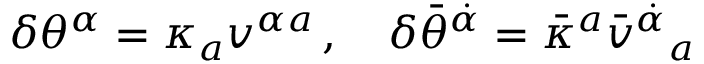
\delta \theta ^ { \alpha } = \kappa _ { a } v ^ { \alpha { } a } \, , \quad \delta \bar { \theta } ^ { \dot { \alpha } } = \bar { \kappa } ^ { a } \bar { v } ^ { \dot { \alpha } } { } _ { a }